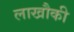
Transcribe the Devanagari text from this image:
लाखौकी